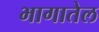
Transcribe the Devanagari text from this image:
भागातेल